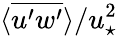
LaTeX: \langle\overline{{u^{\prime}w^{\prime}}}\rangle/u_{\star}^{2}